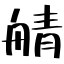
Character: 䑶